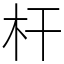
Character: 杆